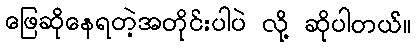
ဖြေဆိုနေရတဲ့အတိုင်းပါပဲ လို့ ဆိုပါတယ်။